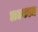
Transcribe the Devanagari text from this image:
डाटकाम